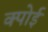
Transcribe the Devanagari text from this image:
क्पोई